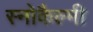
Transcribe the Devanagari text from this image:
स्नोकैल्मी